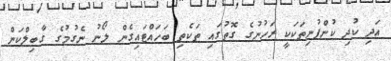
އަދި ކުދި ކުންފުނިތަކަކީ ރަހުނުގެ ގޮތުގައި ތަކެތި ބަހައްޓައިގެން ލޯނު ނެގުމުގެ ގާބިލްކަން